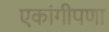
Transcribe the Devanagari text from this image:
एकांगीपणा